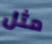
مثل